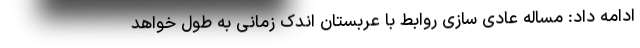
ادامه داد: مساله عادی سازی روابط با عربستان اندک زمانی به طول خواهد